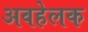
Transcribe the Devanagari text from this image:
अवहेलक